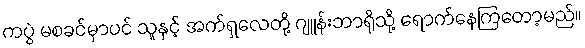
ကပွဲ မစခင်မှာပင် သူနှင့် အက်ရှလေတို့ ဂျူန်းဘာရိုသို့ ရောက်နေကြတော့မည်။